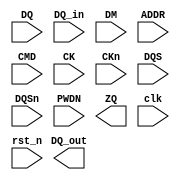
module LPDDR4_IO_Block (
    input wire [31:0] DQ,          // Bidirectional data lines (x32 configuration)
    output wire [31:0] DQ_out,      // Output data lines
    input wire [31:0] DQ_in,        // Input data lines (for read operations)
    input wire [3:0] DM,            // Data mask lines
    input wire [15:0] ADDR,         // Address lines
    input wire CMD,                 // Command lines (single-ended for simplicity)
    input wire CK,                  // Differential clock signal
    input wire CKn,                 // Inverted clock signal
    input wire DQS,                 // Data strobe
    input wire DQSn,                // Inverted data strobe
    input wire PWDN,                // Power down signal
    output wire ZQ,                 // Impedance matching signal
    input wire clk,                 // System clock
    input wire rst_n                 // Active low reset
);

    // Internal signals for state machine and control logic
    reg [2:0] state;
    reg [31:0] data_buffer;
    
    // State Encoding
    localparam IDLE       = 3'b000;
    localparam READ       = 3'b001;
    localparam WRITE      = 3'b010;
    localparam REFRESH    = 3'b011;

    // Active low reset to initialize state
    always @(posedge clk or negedge rst_n) begin
        if (!rst_n) begin
            state <= IDLE;
            data_buffer <= 32'b0;
        end else begin
            case (state)
                IDLE: begin
                    // Wait for commands
                    if (CMD) begin
                        // Process command here: 
                        // For simplicity, we'll assume CMD indicates a read operation
                        state <= READ;
                    end
                end
                READ: begin
                    // Read operation
                    data_buffer <= DQ_in;     // Capture input data
                    state <= IDLE;            // Go back to idle after read
                end
                WRITE: begin
                    // Write operation
                    if (!DM) begin             // Enable write if DM is low
                        DQ <= data_buffer;    // Drive data to DQ
                    end
                    state <= IDLE;            // Go back to idle after write
                end
                REFRESH: begin
                    // Refresh operation
                    // Implementation of refresh logic
                    state <= IDLE;
                end
                default: begin
                    state <= IDLE;            // Fallback to idle state
                end
            endcase
        end
    end

    // Power management logic (example)
    always @(posedge clk or negedge rst_n) begin
        if (!rst_n) begin
            // Initialize power state
        end else if (PWDN) begin
            // Enter low power mode
        end else begin
            // Exit low power mode
        end
    end

    // Timing and Data Integrity - Placeholder for implementations of leveling and calibration
    // Implement functions for write leveling, read leveling, calibration routines here

    // Test and debug features - Placeholder for BIST and test access mechanisms
    // Implement BIST and other debug functionalities here

endmodule